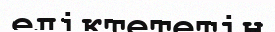
еліктететін